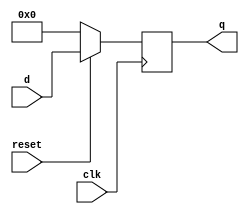
module D081 (clk,
             reset,     // Synchronous reset
              d,
              q );

              input clk ,reset;
              input [7:0]d;
              output [7:0] q;
           reg q;
           
    always @ (posedge clk)
    begin
        if (reset !=  0)
        begin
            q <= d;
        end
        else
           q <= 0;
    end
    
endmodule